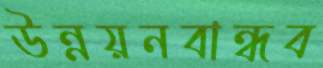
উন্নয়নবান্ধব